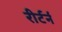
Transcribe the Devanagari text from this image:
रीर्टर्न